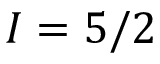
I = 5 / 2